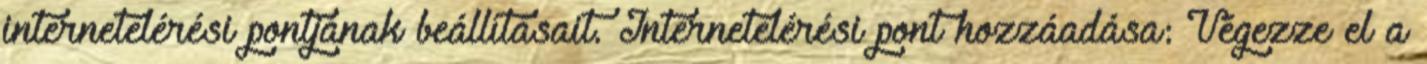
internetelérési pontjának beállításait. Internetelérési pont hozzáadása: Végezze el a